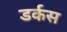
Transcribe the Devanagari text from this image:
डर्कस